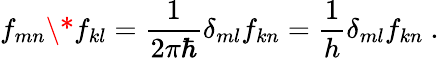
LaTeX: f_{mn}\* f_{kl}=\frac{1}{2\pi\hbar}\delta_{ml}f_{kn}=\frac{1}{h}\delta_{ml}f_{kn}~.